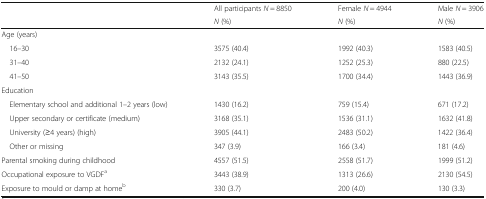
<table><thead><tr><td rowspan="2"></td><td><b>All participants <i>N</i> = 8850</b></td><td><b>Female <i>N</i> = 4944</b></td><td><b>Male <i>N</i> = 3906</b></td></tr><tr><td><b><i>N</i> (%)</b></td><td><b><i>N</i> (%)</b></td><td><b><i>N</i> (%)</b></td></tr></thead><tbody><tr><td colspan="4">Age (years)</td></tr><tr><td> 16–30</td><td>3575 (40.4)</td><td>1992 (40.3)</td><td>1583 (40.5)</td></tr><tr><td> 31–40</td><td>2132 (24.1)</td><td>1252 (25.3)</td><td>880 (22.5)</td></tr><tr><td> 41–50</td><td>3143 (35.5)</td><td>1700 (34.4)</td><td>1443 (36.9)</td></tr><tr><td colspan="4">Education</td></tr><tr><td> Elementary school and additional 1–2 years (low)</td><td>1430 (16.2)</td><td>759 (15.4)</td><td>671 (17.2)</td></tr><tr><td> Upper secondary or certificate (medium)</td><td>3168 (35.1)</td><td>1536 (31.1)</td><td>1632 (41.8)</td></tr><tr><td> University (≥4 years) (high)</td><td>3905 (44.1)</td><td>2483 (50.2)</td><td>1422 (36.4)</td></tr><tr><td> Other or missing</td><td>347 (3.9)</td><td>166 (3.4)</td><td>181 (4.6)</td></tr><tr><td>Parental smoking during childhood</td><td>4557 (51.5)</td><td>2558 (51.7)</td><td>1999 (51.2)</td></tr><tr><td>Occupational exposure to VGDF<sup>a</sup></td><td>3443 (38.9)</td><td>1313 (26.6)</td><td>2130 (54.5)</td></tr><tr><td>Exposure to mould or damp at home<sup>b</sup></td><td>330 (3.7)</td><td>200 (4.0)</td><td>130 (3.3)</td></tr></tbody></table>